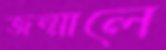
জন্মালে